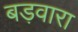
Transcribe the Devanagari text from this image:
बड़वारा